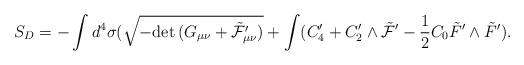
LaTeX: \begin{align*}S_D = -\int d^4 \sigma ( \sqrt{-{\rm det}\, (G_{\mu\nu}+\tilde{\cal F}_{\mu\nu}^{\prime})}+\int (C_4^{\prime} + C_2^\prime \wedge \tilde {\cal F}^{\prime} - \frac{1}{2} C_0 \tilde F^{\prime} \wedge \tilde F^{\prime}).\end{align*}